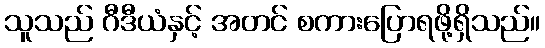
သူသည် ဂီဒီယံနှင့် အတင် စကားပြောရဖို့ရှိသည်။